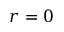
r = 0